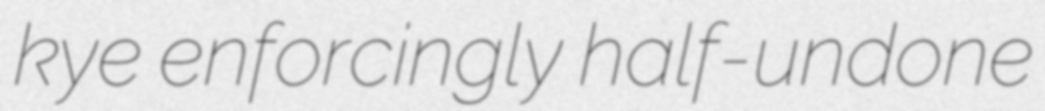
kye enforcingly half-undone